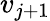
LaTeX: v_{j+1}